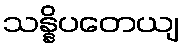
သန္နိပတေယျ